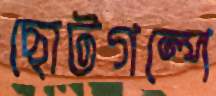
ছোটগল্পে